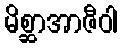
မိစ္ဆာအာဇီဝါ